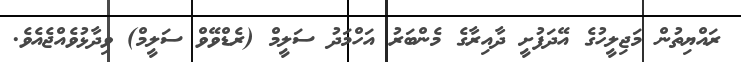
ރައްޔިތުން މަޖިލީހުގެ އޭދަފުށީ ދާއިރާގެ މެންބަރު އަހްމަދު ސަލީމް (ރެޑްވޭވް ސަލީމް) ވިދާޅުވެއްޖެއެވެ.